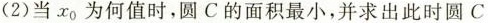
(2)当x_{0}为何值时，圆C的面积最小，并求出此时圆C